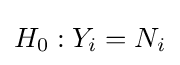
H_{0}:Y_{i}=N_{i}